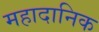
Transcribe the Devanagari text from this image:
महादानिक